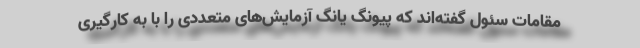
مقامات سئول گفته‌اند که پیونگ یانگ آزمایش‌های متعددی را با به کارگیری